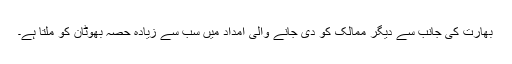
بھارت کی جانب سے دیگر ممالک کو دی جانے والی امداد میں سب سے زیادہ حصہ بھوٹان کو ملتا ہے۔